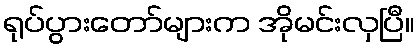
ရုပ်ပွားတော်များက အိုမင်းလှပြီ။